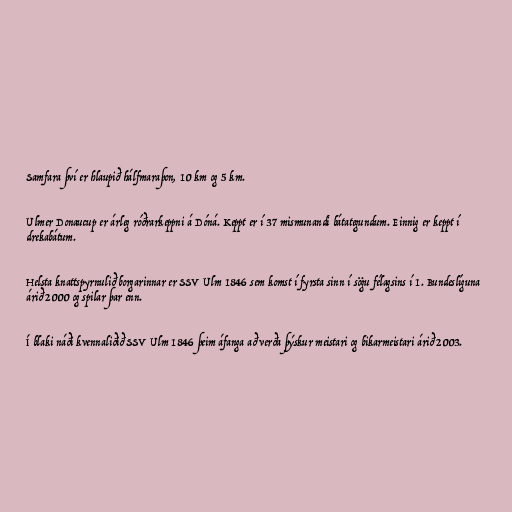
Samfara því er hlaupið hálfmaraþon, 10 km og 5 km.

Ulmer Donaucup er árleg róðrarkeppni á Dóná. Keppt er í 37 mismunandi bátategundum. Einnig er keppt í
drekabátum.

Helsta knattspyrnulið borgarinnar er SSV Ulm 1846 sem komst í fyrsta sinn í sögu félagsins í 1. Bundeslíguna
árið 2000 og spilar þar enn.

Í blaki náði kvennaliðið SSV Ulm 1846 þeim áfanga að verða þýskur meistari og bikarmeistari árið 2003.